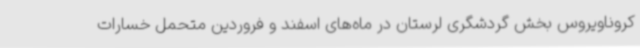
کروناویروس بخش گردشگری لرستان در ماه‌های اسفند و فروردین متحمل خسارات